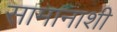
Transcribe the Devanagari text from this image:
सामानाशी